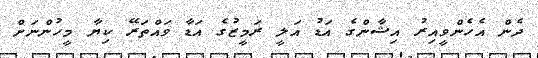
ދެން އެހެންވީއިރު އިޝާންގެ އަޑު އަލީ ރަމީޒުގެ އަޑާ ވައްތަރޭ ކިޔާ މީހުންނަށް